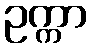
ဥက္ကာ